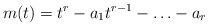
LaTeX: \begin{align*}m(t) = t^r-a_1 t^{r-1} - \hdots - a_r \end{align*}